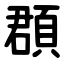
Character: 頵